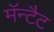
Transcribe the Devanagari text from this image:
मॅन्टैट